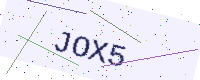
Text: JOX5